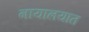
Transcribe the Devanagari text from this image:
नायालयात